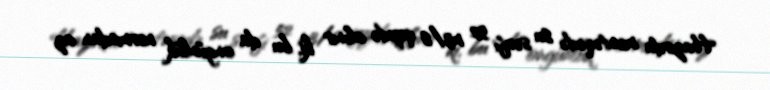
Hazırda məntəqədə su sərfi 52 m3/s qeydə alınır ki, bu da ongünlük normadan az